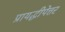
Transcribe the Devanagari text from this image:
प्रायद्धीपेत्तर